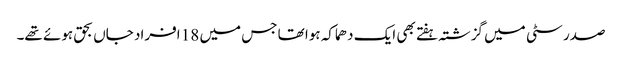
صدر سٹی میں گزشتہ ہفتے بھی ایک دھماکہ ہوا تھا جس میں 18 افراد جاں بحق ہوئے تھے۔